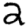
Digit: 2